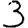
Digit: 3